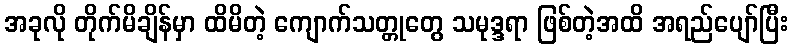
အခုလို တိုက်မိချိန်မှာ ထိမိတဲ့ ကျောက်သတ္တုတွေ သမုဒ္ဒရာ ဖြစ်တဲ့အထိ အရည်ပျော်ပြီး